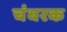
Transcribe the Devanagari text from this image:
चंबरक